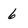
Character: 6